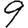
Digit: 9